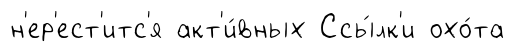
н'ер'ест'итс'я акт'и́вных Ссы́лк'и охо́та